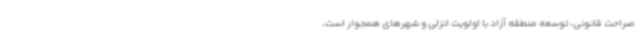
صراحت قانونی، توسعه منطقه آزاد با اولویت انزلی و شهرهای همجوار است،